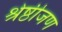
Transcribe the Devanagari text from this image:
श्रेष्ठीजण